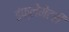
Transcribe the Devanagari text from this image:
इंफ्लेमेटरी